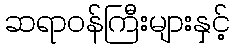
ဆရာဝန်ကြီးများနှင့်